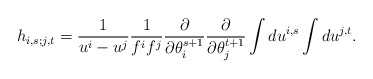
\begin{align*}h_{i,s;j,t} = \frac1{u^i-u^j} \frac1{f^i f^j} \frac{\partial}{\partial \theta_i^{s+1}} \frac{\partial }{\partial \theta_j^{t+1}} \int du^{i,s} \int du^{j,t} .\end{align*}